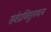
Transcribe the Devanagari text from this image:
सर्वप्राणिसुलभत्व